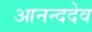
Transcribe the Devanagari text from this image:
आनन्ददेव